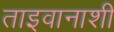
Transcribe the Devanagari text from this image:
ताइवानाशी